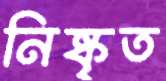
নিষ্কৃত